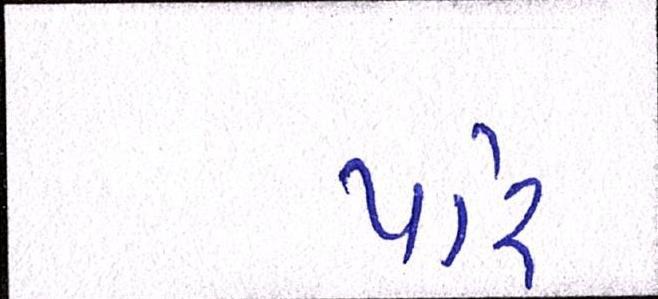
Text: પરિ